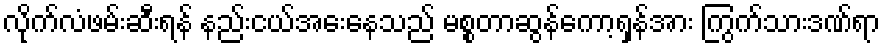
လိုက်လံဖမ်းဆီးရန် နည်းငယ်အေးနေသည် မစ္စတာဆွန်ကော့ရှန်အား ကြွက်သားဒဏ်ရာ